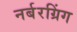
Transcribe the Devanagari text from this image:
नर्बरग्रिंग